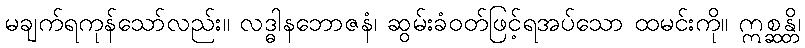
မချက်ရကုန်သော်လည်း။ လဒ္ဓါနဘောဇနံ၊ ဆွမ်းခံဝတ်ဖြင့်ရအပ်သော ထမင်းကို။ ဣစ္ဆန္တိ၊